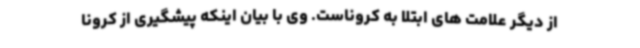
از دیگر علامت های ابتلا به کروناست. وی با بیان اینکه پیشگیری از کرونا